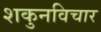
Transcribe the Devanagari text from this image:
शकुनविचार